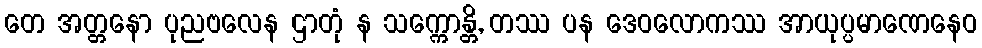
တေ အတ္တနော ပုညဗလေန ဌာတုံ န သက္ကောန္တိ, တဿ ပန ဒေဝလောကဿ အာယုပ္ပမာဏေနေဝ